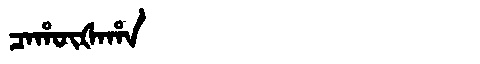
Manchu: ᠴᠠᡥᡡᡧᠠᡥᠠ
Romanization: CAHŪŠAHA